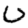
Digit: 0